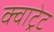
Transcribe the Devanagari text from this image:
क्वाट्रेट